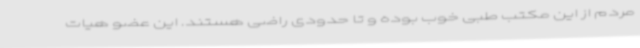
مردم از این مکتب طبی خوب بوده و تا حدودی راضی هستند. این عضو هیات